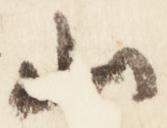
山